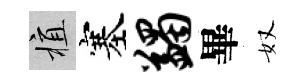
植塞蠲畢奴